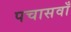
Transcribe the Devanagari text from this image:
पचासवाँ